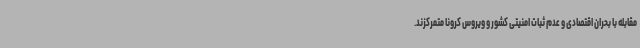
مقابله با بحران اقتصادی و عدم ثبات امنیتی کشور و ویروس کرونا متمرکزند.